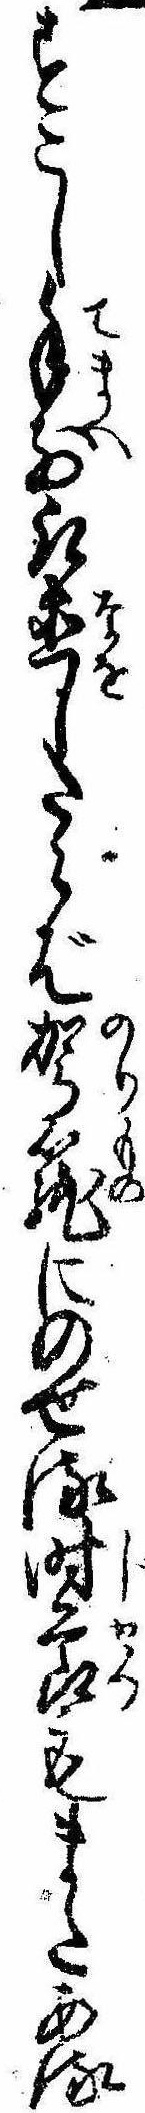
すこし手前取直したらば駕篭にのせる時節もまたある